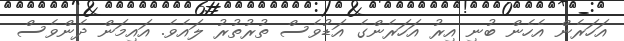
އަހަރެން އެހެން ބުނި އިރު އަހަރެންގެ އަޑުވެސް ތުރުތުރު ލައެވެ. އައިމަން ދެންވެސް